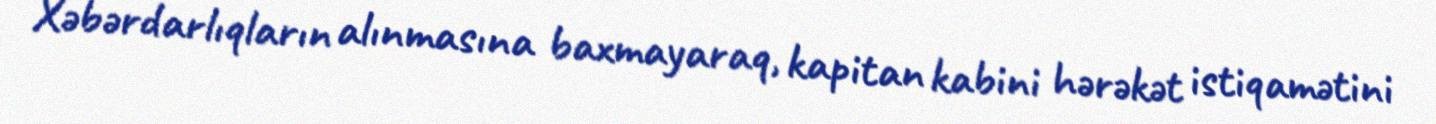
Xəbərdarlıqların alınmasına baxmayaraq, kapitan kabini hərəkət istiqamətini